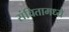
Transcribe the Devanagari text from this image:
संचितामध्ये